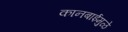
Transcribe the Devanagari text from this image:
कानबाईमुळे